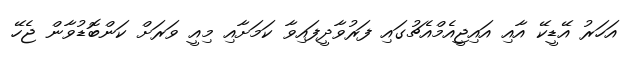
އަހަރު އޭޑީކޭ އާއި އައިޖީއެމްއެޗުގައި ފަރުވާދީފައިވާ ކަމަށާއި މިއީ ވަރަށް ކަންބޮޑުވާން ޖެހޭ